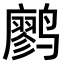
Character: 𫜆